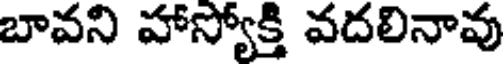
బావని హాస్యోక్తి వదలినావు